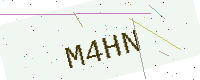
Text: M4HN